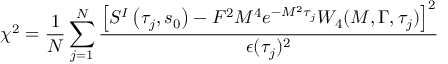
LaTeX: \chi ^ { 2 } = \frac { 1 } { N } \sum _ { j = 1 } ^ { N } \frac { \left[ { \cal S } ^ { I } \left( \tau _ { j } , s _ { 0 } \right) - F ^ { 2 } M ^ { 4 } e ^ { - M ^ { 2 } \tau _ { j } } W _ { 4 } ( M , \Gamma , \tau _ { j } ) \right] ^ { 2 } } { \epsilon ( \tau _ { j } ) ^ { 2 } }